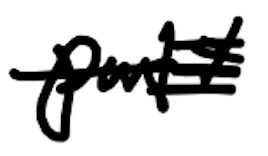
Text: Party
Cross-out: scratch
Writing tool: digital_black